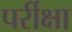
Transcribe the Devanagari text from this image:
पर्रीक्षा